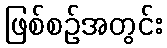
ဖြစ်စဉ်အတွင်း